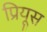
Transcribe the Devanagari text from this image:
प्रियूस